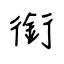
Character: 銜